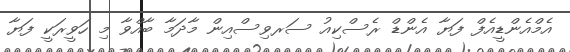
އެމްއެންޑީއެފް ފަޔާ އެންޑް ރެސްކިއު ސަރވިސްއިން މާދަމާ ބާއްވާ މި ހަވީރަކީ ފަޔާ